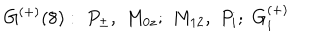
\, G ^ { ( + ) } ( 8 ) : \, \, P _ { \pm } , \, \, M _ { 0 z } ; \, \, M _ { 1 2 } , \, \, P _ { i } ; \, \, G _ { i } ^ { ( + ) }